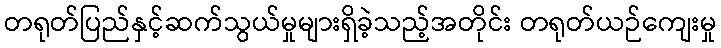
တရုတ်ပြည်နှင့်ဆက်သွယ်မှုများရှိခဲ့သည့်အတိုင်း တရုတ်ယဉ်ကျေးမှု